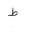
Letter: _da